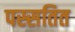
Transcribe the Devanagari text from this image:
पस्सतित